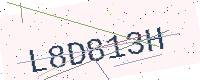
Text: L8D813H